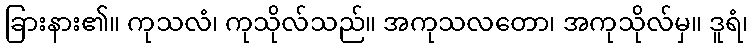
ခြားနား၏။ ကုသလံ၊ ကုသိုလ်သည်။ အကုသလတော၊ အကုသိုလ်မှ။ ဒူရံ၊